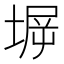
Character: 𰊋